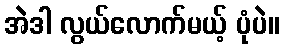
အဲဒါ လွယ်လောက်မယ့် ပုံပဲ။